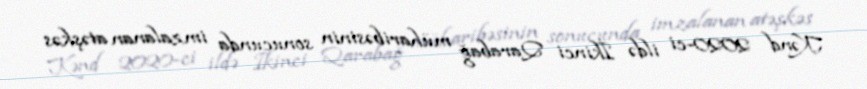
Kənd 2020-ci ildə İkinci Qarabağ müharibəsinin sonucunda imzalanan atəşkəs